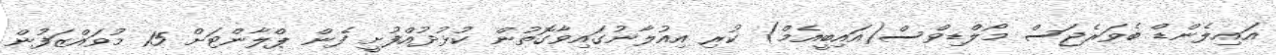
އައިލެންޑް ބެވަރެޖަސް މޯލްޑިވްސް(އައިބީއެމް) ކުރި އިއުލާނުގައިވާގޮތުން ކުޅުދުއްފުށީ ފެން ޕްލާންޓަށް 15 މުވައްޒަފުން